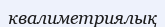
квалиметриялық